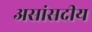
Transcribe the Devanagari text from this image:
असांसदीय